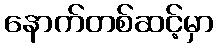
နောက်တစ်ဆင့်မှာ